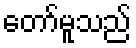
တော်မူသည်